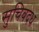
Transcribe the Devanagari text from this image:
सुचिबदध